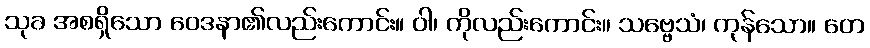
သုခ အစရှိသော ဝေဒနာ၏လည်းကောင်း။ ဝါ၊ ကိုလည်းကောင်း။ သဗ္ဗေသံ၊ ကုန်သော။ တေ